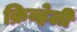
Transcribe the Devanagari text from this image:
क्रिव्हेली